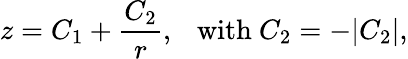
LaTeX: z=C_{1}+\frac{C_{2}}{r},\ \ \ \mathrm{with}\ C_{2}=-\vert C_{2}\vert,